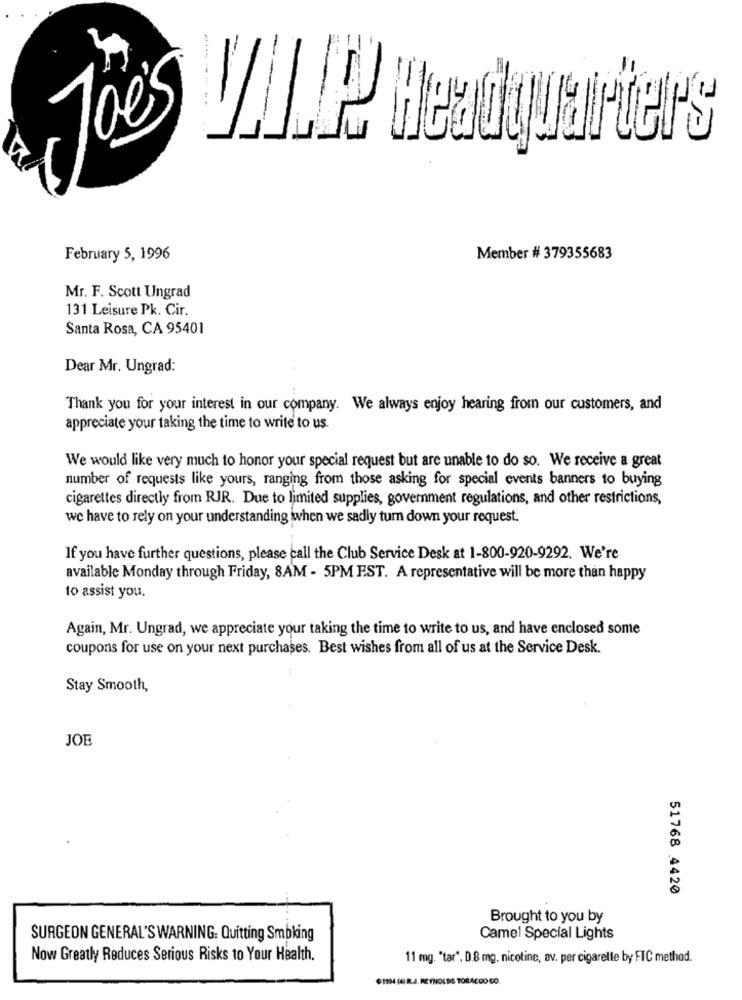
Toes VAUPP Headquarters
February 5, 1996
Member # 379355683
Mr. F. Scott Ungrad
131 Leisure Pk. Cir.
Santa Rosa, CA 95401
Dear Mr. Ungrad:
Thank you for your interest in our company. We always enjoy hearing from our customers, and
appreciate your taking the time to write to us.
We would like very much to honor your special request but are unable to do so. We receive a great
number of requests like yours, ranging from those asking for special events banners to buying
cigarettes directly from RJR. Due to limited supplies, government regulations, and other restrictions,
we have to rely on your understanding when we sadly turn down your request.
If you have further questions, please call the Club Service Desk at 1-800-920-9292. We're
available Monday through Friday, 8AM - 5PM EST. A representative will be more than happy
to assist you.
Again, Mr. Ungrad, we appreciate your taking the time to write to us, and have enclosed some
coupons for use on your next purchases. Best wishes from all of us at the Service Desk.
Stay Smooth,
JOE
51768 4420
Brought to you by
SURGEON GENERAL'S WARNING: Quitting Smoking
Camel Special Lights
Now Greatly Reduces Serious Risks to Your Health.
11 mg. "tar". D.8 mg. nicotine, av. per cigarelle by FTC method.
OHH4 (6 R.J. REYNOLDS TOBACCO CO.